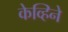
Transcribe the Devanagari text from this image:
केव्हिने